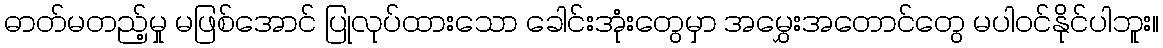
ဓာတ်မတည့်မှု မဖြစ်အောင် ပြုလုပ်ထားသော ခေါင်းအုံးတွေမှာ အမွှေးအတောင်တွေ မပါဝင်နိုင်ပါဘူး။